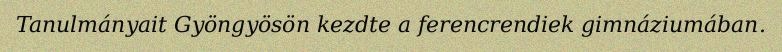
Tanulmányait Gyöngyösön kezdte a ferencrendiek gimnáziumában.